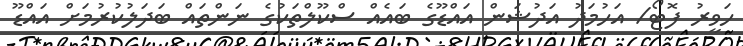
ހަވީރު ފޮޓޯ/ އަހުމަދު އަދުޝަން އައްޑޫގެ ބައެއް ސްކޫލްތަކުގެ ނަންތައް ބަދަލުކުރުމަށް އައްޑޫ